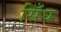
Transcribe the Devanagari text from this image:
सिँघ